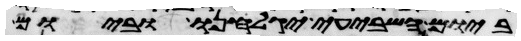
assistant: ביום השביעי יגלחנו וביום